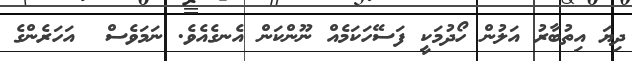
ދިޔަ އިތުބާރު އަލުން ހޯދުމަކީ ފަސޭހަކަމެއް ނޫންކަން އެނގެއެވެ. ނަމަވެސް  އަހަރެންގެ